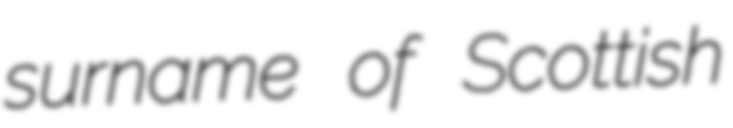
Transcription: surname of Scottish